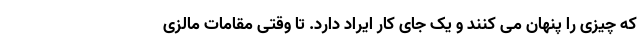
که چیزی را پنهان می کنند و یک جای کار ایراد دارد. تا وقتی مقامات مالزی